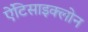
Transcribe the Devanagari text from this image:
ऐंटिसाइक्लोन